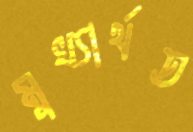
মুখ্যার্থত